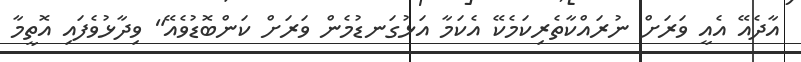
އާދެއޭ އެއީ ވަރަށް ނުރައްކާތެރިކަމެކޭ އެކަމާ އަޅުގަނޑުމެން ވަރަށް ކަންބޮޑުވެއޭ" ވިދާޅުވެފައި އޮތީމާ